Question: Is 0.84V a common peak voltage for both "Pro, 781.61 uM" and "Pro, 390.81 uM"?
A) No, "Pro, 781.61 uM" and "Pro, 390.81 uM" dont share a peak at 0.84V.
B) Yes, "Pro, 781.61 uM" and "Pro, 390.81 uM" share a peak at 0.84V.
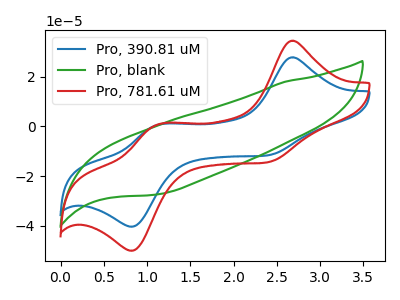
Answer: <think>The blue curve "Pro, 390.81 uM" has anodic peaks at (2.65V, 27.80uA) (1.15V, 0.65uA) and cathodic peaks at (2.35V, -11.70uA) (0.85V, -40.25uA). The green curve "Pro, blank" has no peaks. The red curve "Pro, 781.61 uM" has anodic peaks at (2.65V, 34.45uA) (1.15V, 0.85uA) and cathodic peaks at (2.35V, -14.55uA) (0.85V, -49.95uA).</think>
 <answer>B) Yes, "Pro, 781.61 uM" and "Pro, 390.81 uM" share a peak at 0.84V.</answer>
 <eval>B</eval>